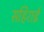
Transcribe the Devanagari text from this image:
सहिराई